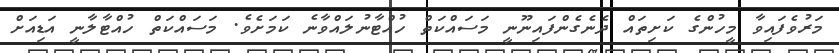
މަރުވެފައިވާ މީހުންގެ ކަށިތައް ދެނެގެންފައިނޫނީ މަސައްކަތް ހުއްޓާނުލައްވާނެ ކަމަށެވެ. މަސައްކަތް ހުއްޓާލާނީ އަޑިއަށް